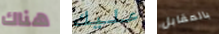
هناك عليك بالمقابل